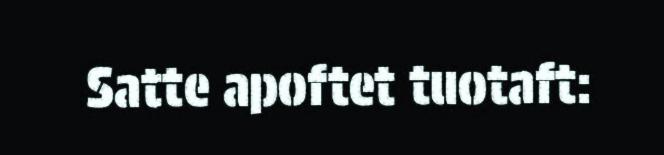
Satte apoftet tuotaft: